Statistical return of the lunatic asylum in Assam - 1912-1932
Year: 1912
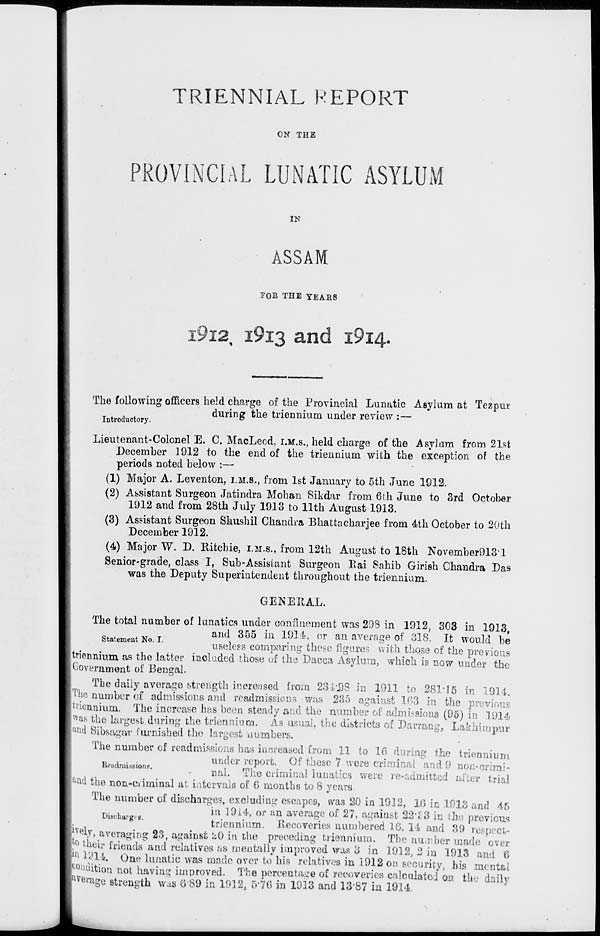
TRIENNIAL REPORT
ON THE
PROVINCIAL LUNATIC ASYLUM
IN
ASSAM
POB THE YEARS
i9i2, i9i3 and i9i4-
The following officers held charge of the Provincial Lunatic Asylum at Tezpur
during the triennium under review :—
Introductory.
Lieutenant-Colonel E. C. MacLeod, I.M.S., held charge of the Asylum from 21st
December 1912 to the end of the triennium with the exception of the
periods noted below :—
(1) Major A. Leventon, I.M.S., from 1st January to 5th June 1912.
(2) Assistant Surgeon Jatindra Mohan Sikdar from 6th June to 3rd October
1912 and from 28th July 1913 to 11th August 1913.
(3) Assistant Surgeon Shushil Chandra Bhattacharjee from 4th October to 20th
December 1912.
(4) Major W. D. Ritchie, I.M.S., from 12th August to 18th November913-l
Senior-grade, class I, Sub-Assislant Surgeon Rai Sahib Girish Chandra Das
was the Deputy Superintendent throughout the triennium.
GENERAL.
The total number of lunatics under confinement was 298 in 1912, 303 in 1913,
and 355 in 1914, or an average of 318. It would be
useless comparing these figure?, with those of the previous
triennium as the latter included those of the Dacca Asylum, which is now under the
I Government of Bengal.
The daily average strength increased from 231,98 hi 1911 to 281*15 in 1914,
ITlie number of admissions and readmissions was 235 against 163 in the previous
triennium. The increase has been steady and the number of admissions (95) in 1914
pas the largest during the triennium. As usual, the districts of Darrang, Lakhimpur
hud Sibsagar furnished the largest numbers.
The number of readmissions has increased from 11 to 16 during the triennium
„ , . .
under report. Of those 7 were criminal and 9 nou-crmv-
nai. ihe criminal lunatics were re-admitted after trial
pad the non-criminal at intervals of 6 months to 8 years.
The number of discharges, excluding escapes, was 20 in 1912, 10 in 1913 and 45
«. .
in 1914, or an average of 27, against 22*88 in the previous
6
trjennium. Recoveries numbered 16, 14 and 89 respect-
P V( ay, averaging 23, against k0 in the preceding triennium. The number made over
ro their friends and relatives as mentally improved was 3 in 1912, 2 in 1913 and 6
Pi 1914. One lunatic was made over to his relatives in 1912 on security, bis mental
condition not having improved. The percentage of recoveries calculated on th«- daily
•verage strength was 0 89 in 1912, 570 in 1913 and 13*87 in 1914.